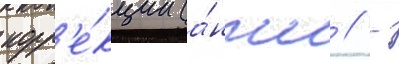
корр'е́кции (а́нгл // -